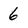
Character: 6